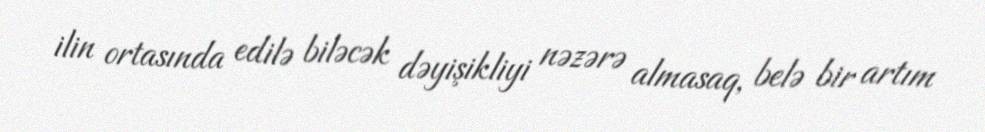
ilin ortasında edilə biləcək dəyişikliyi nəzərə almasaq, belə bir artım